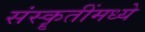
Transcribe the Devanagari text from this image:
संस्कॄतींमध्ये